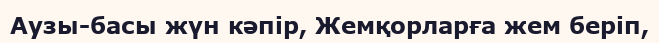
Аузы-басы жүн кәпір, Жемқорларға жем беріп,